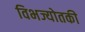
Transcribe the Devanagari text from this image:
विभज्योतकी